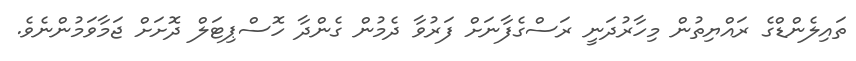
ތައިލެންޑްގެ ރައްޔިތުން މިހާރުދަނީ ރަސްގެފާނަށް ފަރުވާ ދެމުން ގެންދާ ހޮސްޕިޓަލް ދޮށަށް ޖަމާވަމުންނެވެ.